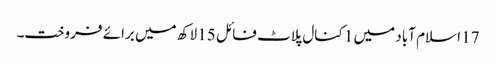
17 اسلام آباد میں 1 کنال پلاٹ فائل 15 لاکھ میں برائے فروخت۔